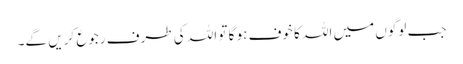
جب لوگوں میں اللہ کا خوف ہو گا تو اللہ کی طرف رجوع کریں گے۔